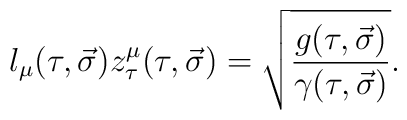
l_\mu(\tau,\vec{\sigma})z^\mu_\tau(\tau,\vec{\sigma})=\sqrt{\frac{g(\tau,\vec{\sigma})}{\gamma(\tau,\vec{\sigma})}}.